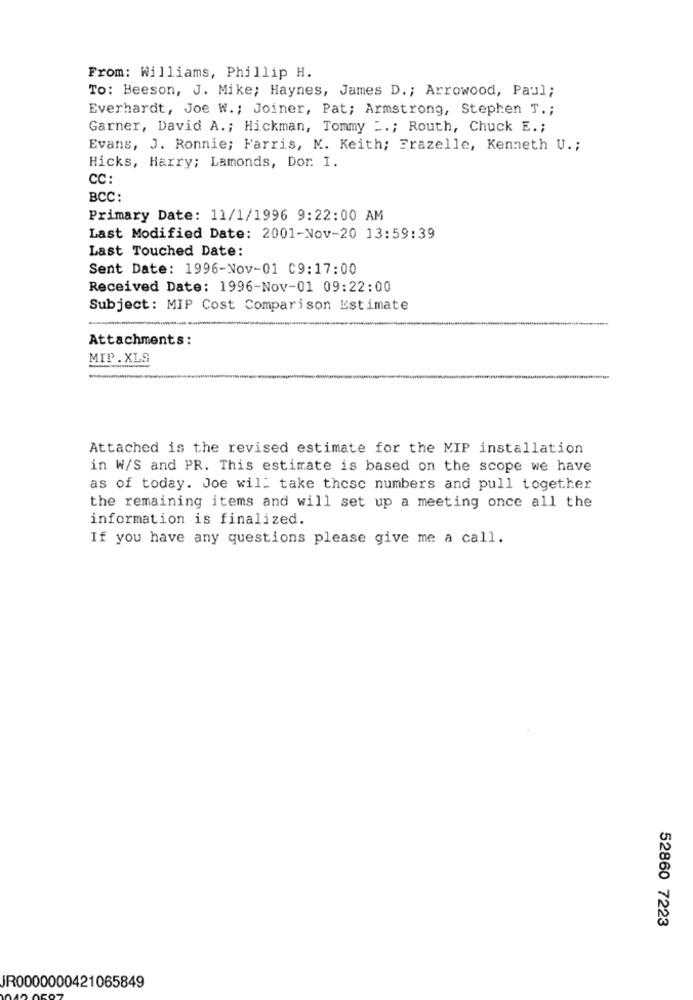
From: Williams, Phillip H.
To: Beeson, J. Mike; Haynes, James D .; Arrowood, Paul;
Everhardt, Joe W .; Joiner, Pat; Armstrong, Stephen T .;
Garner, David A .; Hickman, Tommy :.; Routh, Chuck E .;
Evans, J. Ronnie; Farris, K. Keith; Frazelle, Kenneth U .;
Hicks, Harry; Lamonds, Dor. I.
CC:
BCC:
Primary Date: 11/1/1996 9:22:00 AM
Last Modified Date: 2001-Nov-20 13:59:39
Last Touched Date:
Sent Date: 1996-Nov-01 C9:17:00
Received Date: 1996-Nov-01 09:22:00
Subject: MIP Cost Comparison Estimate
Attachments:
MIP . XLS
Attached is the revised estimate for the MIP installation
in W/S and PR. This estimate is based on the scope we have
as of today. Joe will take these numbers and pull together
the remaining items and will set up a meeting once all the
information is finalized.
If you have any questions please give me a call.
52860 7223
JR0000000421065849